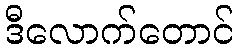
ဒီလောက်တောင်